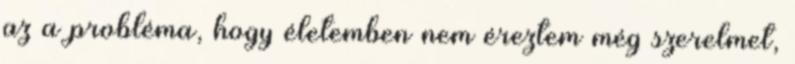
az a probléma, hogy életemben nem éreztem még szerelmet,